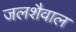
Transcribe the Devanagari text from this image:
जलशैवाल